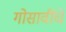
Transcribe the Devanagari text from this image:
गोसावींचे